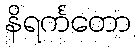
နိရင်္ကတော